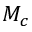
M _ { c }